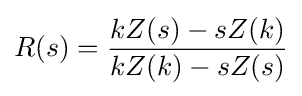
R(s)={\frac {kZ(s)-sZ(k)}{kZ(k)-sZ(s)}}